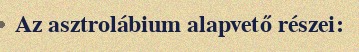
Az asztrolábium alapvető részei: